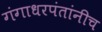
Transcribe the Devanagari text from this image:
गंगाधरपंतांनीच